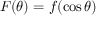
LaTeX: F ( \theta ) = f ( \cos \theta )